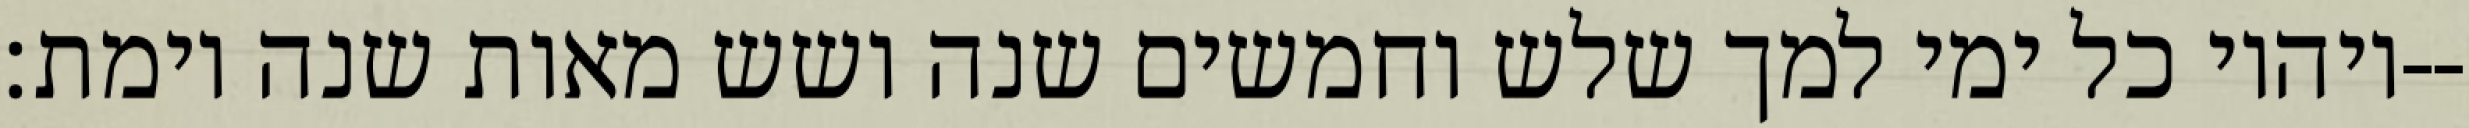
ויהיו כל ימי למך שלש וחמשים שנה ושש מאות שנה וימת׃--